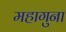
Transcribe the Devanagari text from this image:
महागुना